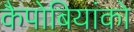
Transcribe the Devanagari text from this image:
कैपोबियांको